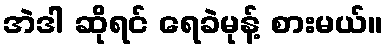
အဲဒါ ဆိုရင် ရေခဲမုန့် စားမယ်။